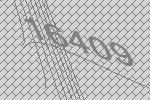
16409